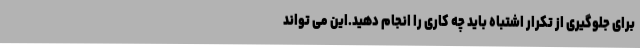
برای جلوگیری از تکرار اشتباه باید چه کاری را انجام دهید.این می تواند